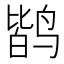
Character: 𱊐